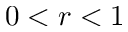
0 < r < 1